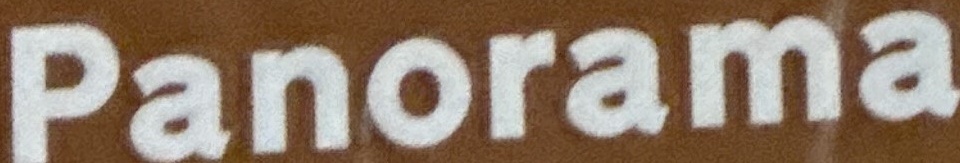
Panorama